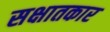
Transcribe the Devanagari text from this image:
सक्षातकार